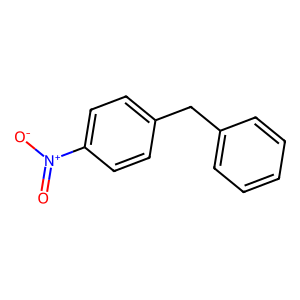
SMILES: O=[N+]([O-])c1ccc(Cc2ccccc2)cc1
Inhibits HIV replication: No